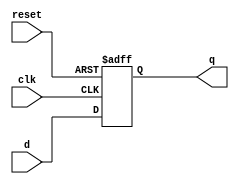
`timescale 1ns / 1ns
`default_nettype none
//////////////////////////////////////////////////////////////////////////////////
// Company: 
// Engineer: 
// 
// Design Name: 
// Module Name: q3_dff
// Project Name: 
// Target Devices: 
// Tool Versions: 
// Description: 
// 
// Dependencies: 
// 
// Revision:
// Revision 0.01 - File Created
// Additional Comments:
// 
//////////////////////////////////////////////////////////////////////////////////


module q3_dff(clk, reset, d, q);
input wire clk;
input wire reset;
input wire d;
output reg q;

always @(posedge clk or negedge reset) begin
if(~reset) begin
q <= 0;
end
else begin
q <= d;
end
end
endmodule